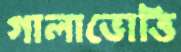
গালাভোত্তি